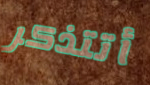
أتتذكر